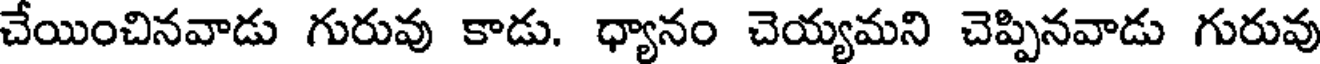
చేయించినవాడు గురువు కాడు. ధ్యానం చెయ్యమని చెప్పినవాడు గురువు